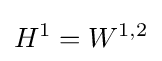
H^{1}=W^{1,2}